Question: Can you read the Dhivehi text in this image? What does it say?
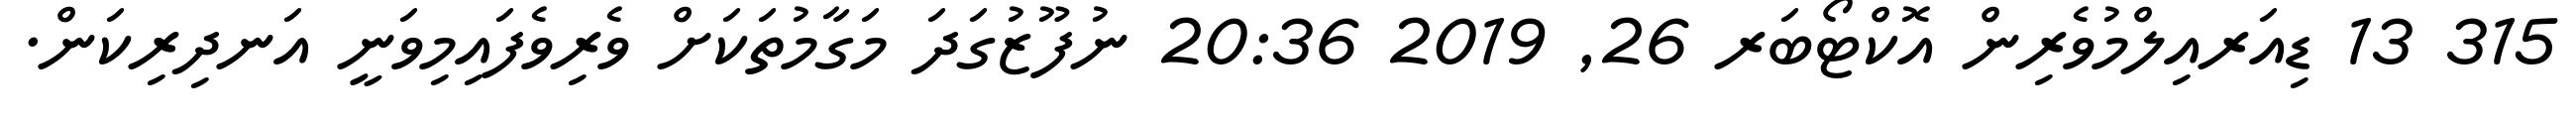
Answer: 315 13 ޑިއަރއިލްމުވެރިން އޮކްޓޯބަރ 26, 2019 20:36 ނުފޫޒުގަދަ މަގާމުތަކަށް ވެރިވެފައިމިވަނީ އަނދިރިކަން.